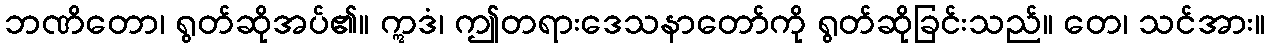
ဘဏိတော၊ ရွတ်ဆိုအပ်၏။ ဣဒံ၊ ဤတရားဒေသနာတော်ကို ရွတ်ဆိုခြင်းသည်။ တေ၊ သင်အား။